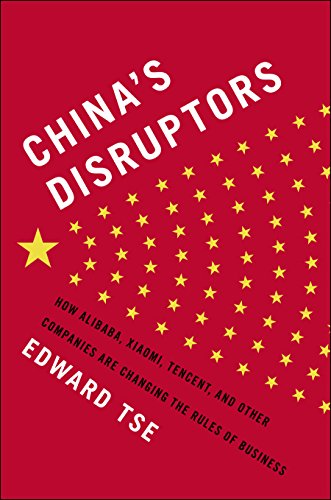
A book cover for China's Disruptors: How Alibaba, Xiaomi, Tencent, and Other Companies are Changing the Rules of Business; Edward Tse; Computers & Technology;